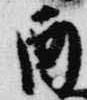
酉